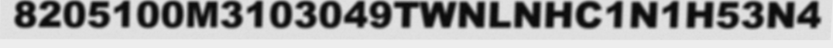
8205100M3103049TWNLNHC1N1H53N4